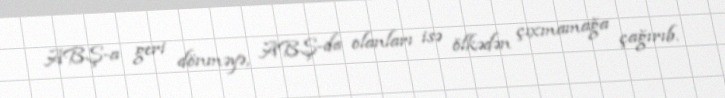
ABŞ-a geri dönməyə, ABŞ-da olanları isə ölkədən çıxmamağa çağırıb.